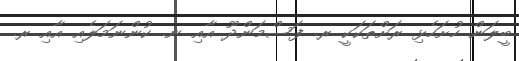
ބީލަން ހުށަހެޅި ރަށްތަކަކީ ރ. ފަސްމަންދޫ އާއި ނ. ކުންނަމަލެއި އާއި ރ.